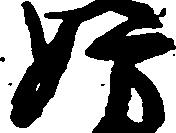
妨